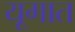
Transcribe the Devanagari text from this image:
यूगात